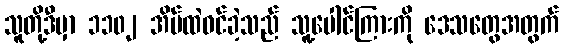
သူတို့ဒီမှာ ၁၁၀၂ အိမ်ထဲဝင်ခဲ့သည် သူ့ပေါင်ကြားကို ဒေသတွေအတွက်